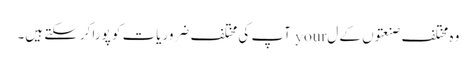
وہ مختلف صنعتوں کے ل your آپ کی مختلف ضروریات کو پورا کرسکتے ہیں۔